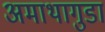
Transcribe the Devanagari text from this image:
अमाथागुडा